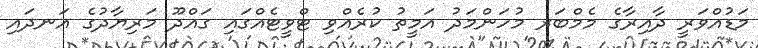
މަޑުއްވަރީ ދާއިރާގެ މެމްބަރ މުހަންމަދު އަމީތު ކުރެއްވި ޓްވީޓެއްގައި ގައްދޫ މަރިޔާދުގެ އަނދައި